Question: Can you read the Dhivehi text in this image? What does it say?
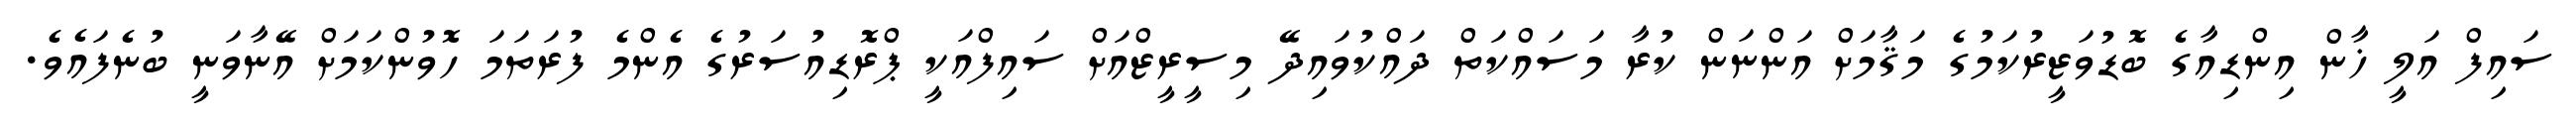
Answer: ސައިފް އަލީ ޚާން އިންޑިއާގެ ބޮޑުވަޒީރުކަމުގެ މަޤާމަށް އަންނަން ކުރާ މަސައްކަތް ދައްކުވައިދޭ މިސީރީޒްއަށް ސައިފްއަކީ ޕްރޮޑިއުސަރުގެ އެންމެ ފުރަތަމަ ހޮވުންކަމަށް އޭނާވަނީ ބުނެފައެވެ.